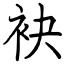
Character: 袂